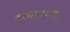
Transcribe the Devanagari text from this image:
वाचायच्या